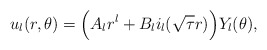
\begin{align*}u_l(r,\theta)=\Big(A_l r^l+B_l i_l(\sqrt{\tau}r)\Big)Y_l(\theta),\end{align*}